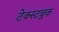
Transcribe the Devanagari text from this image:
टेक्स्टबूक